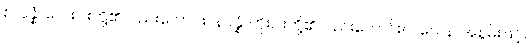
စတုန္နံ၊ လေးပါးတို့၏လည်းကောင်း။ နဝန္နံ၊ ကိုးပါးတို့၏လည်းကောင်း။ ဝသေန၊ အစွမ်းဖြင့်။